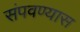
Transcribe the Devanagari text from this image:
संपवण्यास